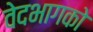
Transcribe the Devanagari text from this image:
वेदभागको